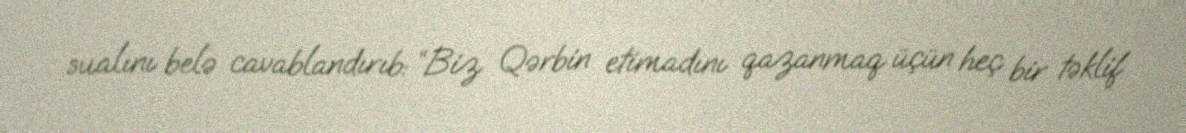
sualını belə cavablandırıb: “Biz Qərbin etimadını qazanmaq üçün heç bir təklif